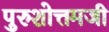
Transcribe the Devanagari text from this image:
पुरुशोत्तमजी